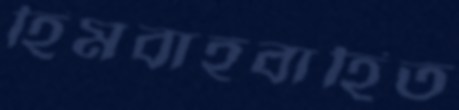
হিমবাহবাহিত